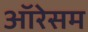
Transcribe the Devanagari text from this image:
ऑरेसम